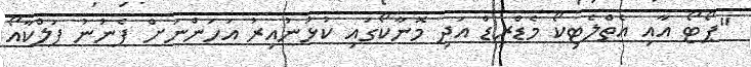
"ޕޯޓޯ އާއި އެތްލެޓިކޯ މެޑްރިޑް އަދި މޮނާކޯގައި ކުޅުނުއިރު އަހަންނަށް ފެނުނު ފަލްކާއޯ